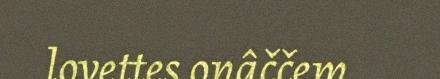
lovettes onâččem